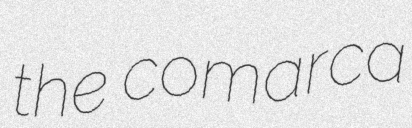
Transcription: the comarca